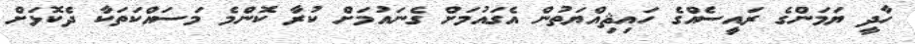
ހާދީ ޔަމަންގެ ރައީސެއްގެ ހައިޘިއްޔަތުން އެގައުމަށް ގެނައުމަށް ކުރާ ކޮންމެ މަސައްކަތަކާ ދެކޮޅަށް